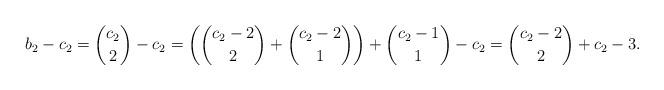
LaTeX: \begin{align*}b_2-c_2 = \binom{c_2}2-c_2 = \left( \binom{c_2-2}2+\binom{c_2-2}1\right)+\binom{c_2-1}1-c_2 = \binom{c_2-2}2+c_2-3.\end{align*}